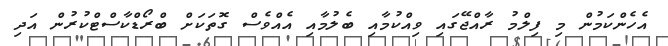
އެހެންކަމުން މި ފިލްމު ރާއްޖޭގައި ވިއްކުމާއި ބެލުމާއި އެއްވެސް ގޮތަކަށް ބްރޯޑްކާސްޓްކުރުން އަދި